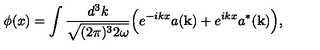
\phi ( x ) = \int { \frac { d ^ { 3 } k } { \sqrt { ( 2 \pi ) ^ { 3 } 2 \omega } } } \Big ( e ^ { - i k x } a ( { \bf k } ) + e ^ { i k x } a ^ { * } ( { \bf k } ) \Big ) ,